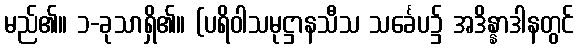
မည်၏။ ၁-ခုသာရှိ၏။ (ပရိဝါသမုဋ္ဌာနသီသ သင်္ခေပ၌ အဒိန္နာဒါနတွင်